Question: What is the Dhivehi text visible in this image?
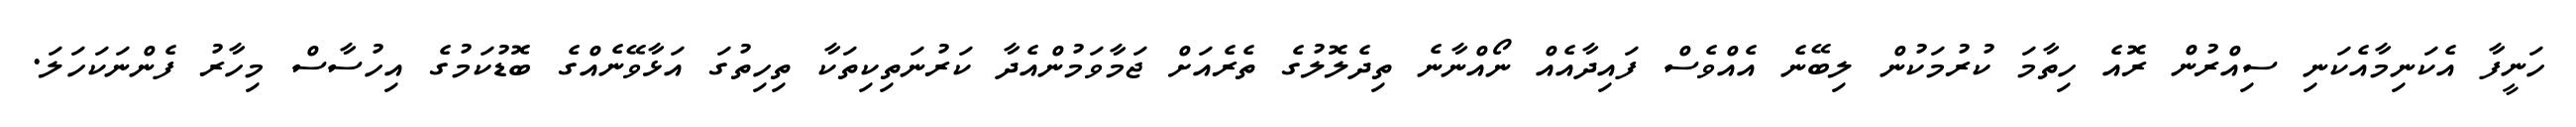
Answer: ހަނީފާ އެކަނިމާއެކަނި ސިއްރުން ރޮއެ ހިތާމަ ކުރުމަކުން ލިބޭނެ އެއްވެސް ފައިދާއެއް ނޯއްނާނެ ތިދެލޮލުގެ ތެރެއަށް ޖަމާވަމުންއެދާ ކަރުނަތިކިތަކާ ތިހިތުގަ އަޅާވޭނެއްގެ ބޮޑުކަމުގެ އިހުސާސް މިހާރު ފެންނަކަހަލަ.